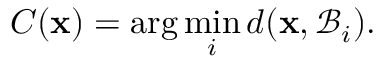
C ( \mathbf { x } ) = \arg \operatorname* { m i n } _ { i } d ( \mathbf { x } , \mathcal { B } _ { i } ) .